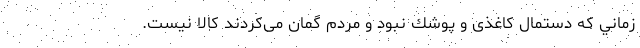
زماني كه دستمال كاغذی و پوشك نبود و مردم گمان می‌كردند كالا نيست.